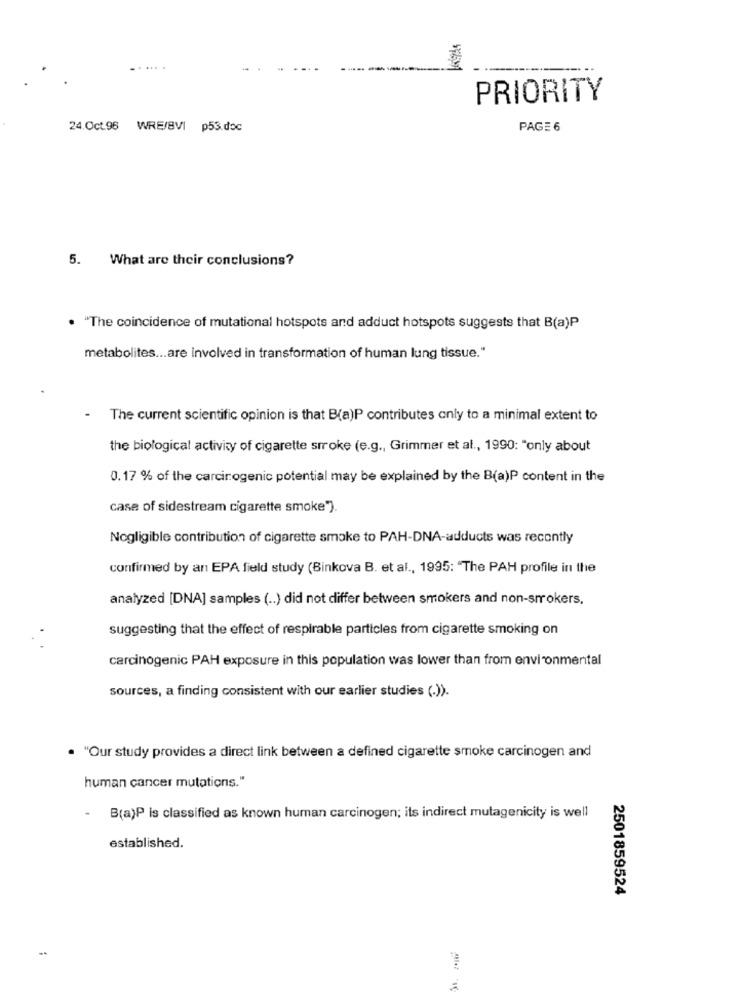
... .
PRIORITY
24.Oct.96 WRE/SVI p53.doc
PAGE 6
5. What are their conclusions?
. "The coincidence of mutational hotspots and adduct hotspots suggests that B(a)P
metabolites ... are involved in transformation of human lung tissue."
The current scientific opinion is that B(a)P contributes only to a minimal extent to
the biological activity of cigarette smoke (e.g ., Grimmer et al ., 1990: "only about
0. 17 % of the carcinogenic potential may be explained by the B(a)P content in the
case of sidestream cigarette smoke")
Nogligible contribution of cigarette smoke to PAH-DNA-adducts was recently
confirmed by an EPA field study (Binkova B. et al ., 1995: "The PAH profile in the
analyzed [DNA] samples ( .. ) did not differ between smokers and non-smokers,
suggesting that the effect of respirable particles from cigarette smoking on
carcinogenic PAH exposure in this population was lower than from environmental
sources, a finding consistent with our earlier studies (.)).
. "Our study provides a direct link between a defined cigarette smoke carcinogen and
human cancer mutations."
- B(a)P is classified as known human carcinogen; its indirect mutagenicity is well
established.
2501859524
-